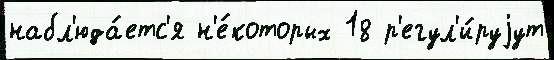
набл'юда́етс'я н'е́которых 18 р'егул'и́руjут